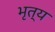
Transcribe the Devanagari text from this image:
भृत्‍य